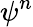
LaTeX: \psi^{n}